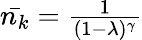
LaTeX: \begin{array}{r}{\bar{n_{k}}=\frac{1}{(1-\lambda)^{\gamma}}}\end{array}